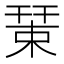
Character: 𢆞